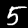
Digit: 5